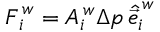
\boldsymbol { F } _ { i } ^ { \, w } = A _ { i } ^ { \, w } \Delta p \, \hat { \vec { e } } _ { i } ^ { \, w }